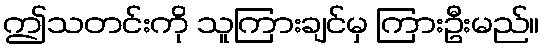
ဤသတင်းကို သူကြားချင်မှ ကြားဦးမည်။